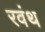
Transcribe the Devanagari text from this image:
रवंथ